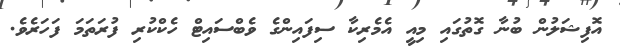
އޮފިޝަލުން ބުނާ ގޮތުގައި މިއީ އެމެރިކާ ސިފައިންގެ ވެބްސައިޓް ހެކްކުރި ފުރަތަމަ ފަހަރެވެ.